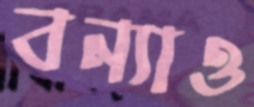
বন্যাও